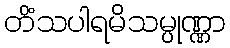
တိံသပါရမိသမ္ပုဏ္ဏာ